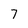
Character: 7